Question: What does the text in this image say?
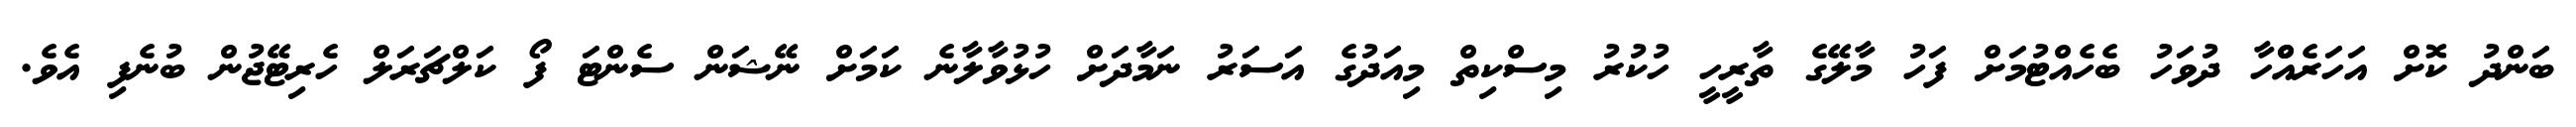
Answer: ބަންދު ކޮށް އަހަރެއްްހާ ދުވަހު ބެހެއްޓުމަށް ފަހު މާލޭގެ ތާރީހީ ހުކުރު މިސްކިތް މިއަދުގެ އަސަރު ނަމާދަށް ހުޅުވާލާނެ ކަމަށް ނޭޝަން ސެންޓަ ފޯ ކަލްޗަރަލް ހެރިޓޭޖުން ބުނެފި އެވެ.